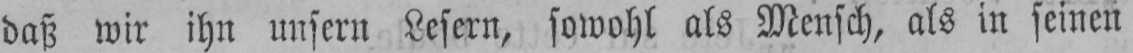
daß wir ihn unsern Lesern, sowohl als Mensch, als in seinen